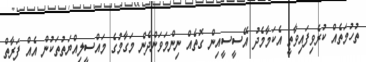
ތުހުމަތެއް ކުރެވިފައިވާތީ އެކަމާމެދުު އޭސީސީއިން ގޮތެއް ނިންމަވަންދެން މަގާމުގެ މައްސީލިއްޔަތުތަކުން އެއް ފަރާތް